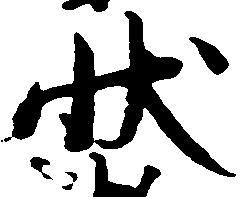
状